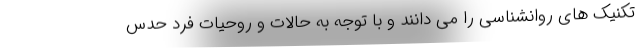
تکنیک های روانشناسی را می دانند و با توجه به حالات و روحیات فرد حدس